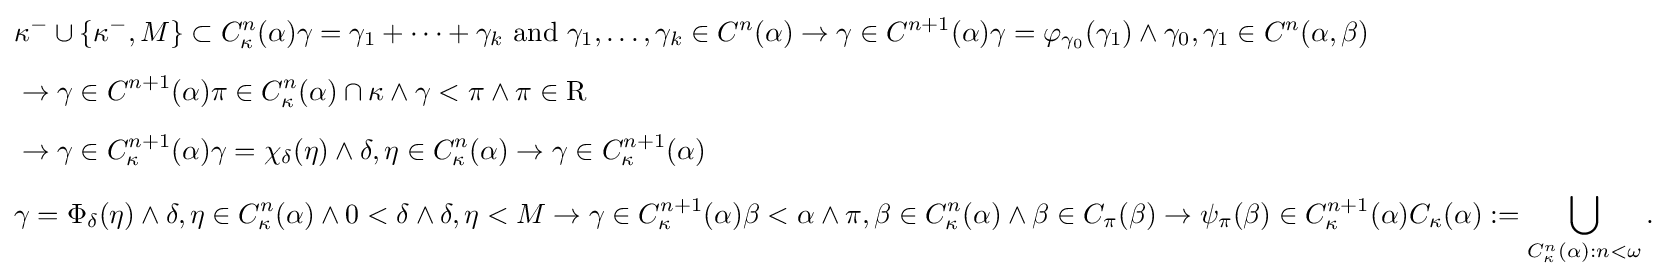
{\begin{aligned}&\kappa ^{-}\cup \{\kappa ^{-},M\}\subset C_{\kappa }^{n}(\alpha )\gamma =\gamma _{1}+\cdots +\gamma _{k}{\text{ and }}\gamma _{1},\ldots ,\gamma _{k}\in C^{n}(\alpha )\rightarrow \gamma \in C^{n+1}(\alpha )\gamma =\varphi _{\gamma _{0}}(\gamma _{1})\land \gamma _{0},\gamma _{1}\in C^{n}(\alpha ,\beta )\\[5pt]&\rightarrow \gamma \in C^{n+1}(\alpha )\pi \in C_{\kappa }^{n}(\alpha )\cap \kappa \land \gamma <\pi \land \pi \in {\textrm {R}}\\[5pt]&\rightarrow \gamma \in C_{\kappa }^{n+1}(\alpha )\gamma =\chi _{\delta }(\eta )\land \delta ,\eta \in C_{\kappa }^{n}(\alpha )\rightarrow \gamma \in C_{\kappa }^{n+1}(\alpha )\\[5pt]&\gamma =\Phi _{\delta }(\eta )\land \delta ,\eta \in C_{\kappa }^{n}(\alpha )\land 0<\delta \land \delta ,\eta <M\rightarrow \gamma \in C_{\kappa }^{n+1}(\alpha )\beta <\alpha \land \pi ,\beta \in C_{\kappa }^{n}(\alpha )\land \beta \in C_{\pi }(\beta )\rightarrow \psi _{\pi }(\beta )\in C_{\kappa }^{n+1}(\alpha )C_{\kappa }(\alpha ):=\bigcup _{C_{\kappa }^{n}(\alpha ):n<\omega }.\end{aligned}}